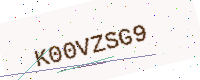
Text: K00VZSG9